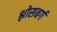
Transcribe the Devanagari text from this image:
श्लोसबर्ग